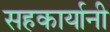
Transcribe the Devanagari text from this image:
सहकार्यानी